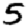
Digit: 5